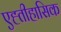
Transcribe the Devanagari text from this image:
एह्तीहासिक